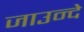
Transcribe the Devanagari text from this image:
जाउन्दे